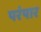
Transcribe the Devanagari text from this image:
परंपार